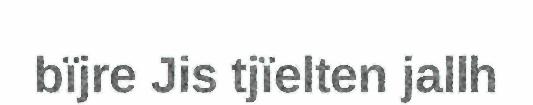
bïjre Jis tjïelten jallh